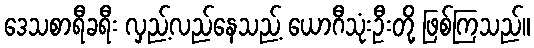
ဒေသစာရီခရီး လှည့်လည်နေသည့် ယောဂီသုံးဦးတို့ ဖြစ်ကြသည်။